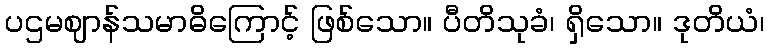
ပဌမဈာန်သမာဓိကြောင့် ဖြစ်သော။ ပီတိသုခံ၊ ရှိသော။ ဒုတိယံ၊